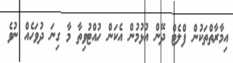
އިމާރާތްތަކުން ފްލެޓް ދޭން އުޅުމުން އެކަން ހުއްޓުވިތާ މާ ގިނަ ދުވަހެއް ނުވެ